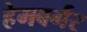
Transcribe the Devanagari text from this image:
हेमबर्गर